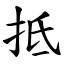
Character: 抵